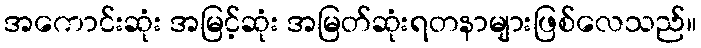
အကောင်းဆုံး အမြင့်ဆုံး အမြတ်ဆုံးရတနာများဖြစ်လေသည်။